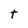
Character: t